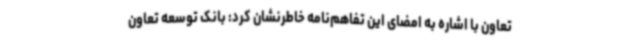
تعاون با اشاره به امضای این تفاهم‌نامه خاطرنشان کرد: بانک توسعه تعاون